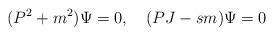
LaTeX: \begin{align*}(P^2+m^2)\Psi=0,\quad(PJ-sm)\Psi=0\end{align*}